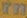
rn